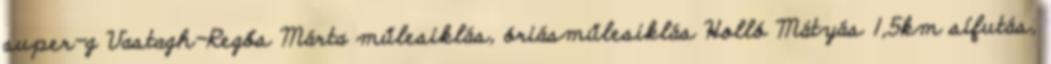
super-g Vastagh-Regős Márta műlesiklás, óriásműlesiklás Holló Mátyás 1,5km sífutás,